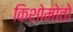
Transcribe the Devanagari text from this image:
किशोमोतो